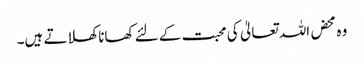
و ہ محض اللہ تعالیٰ کی محبت کے لئے کھانا کھلاتے ہیں۔